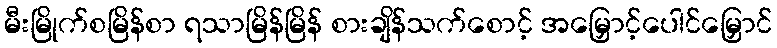
မီးမြိုက်စမြိန်စာ ရသာမြိန်မြိန် စားချိန်သက်စောင့် အမြှောင့်ပေါင်မြှောင်